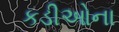
કડીઓના